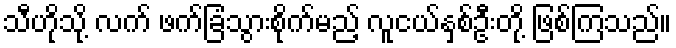
သီဟိုသို့ လက် ဖက်ခြံသွားစိုက်မည့် လူငယ်နှစ်ဦးတို့ ဖြစ်ကြသည်။